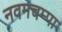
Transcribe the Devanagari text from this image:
नवमचम्पा